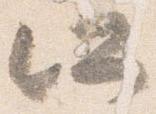
所